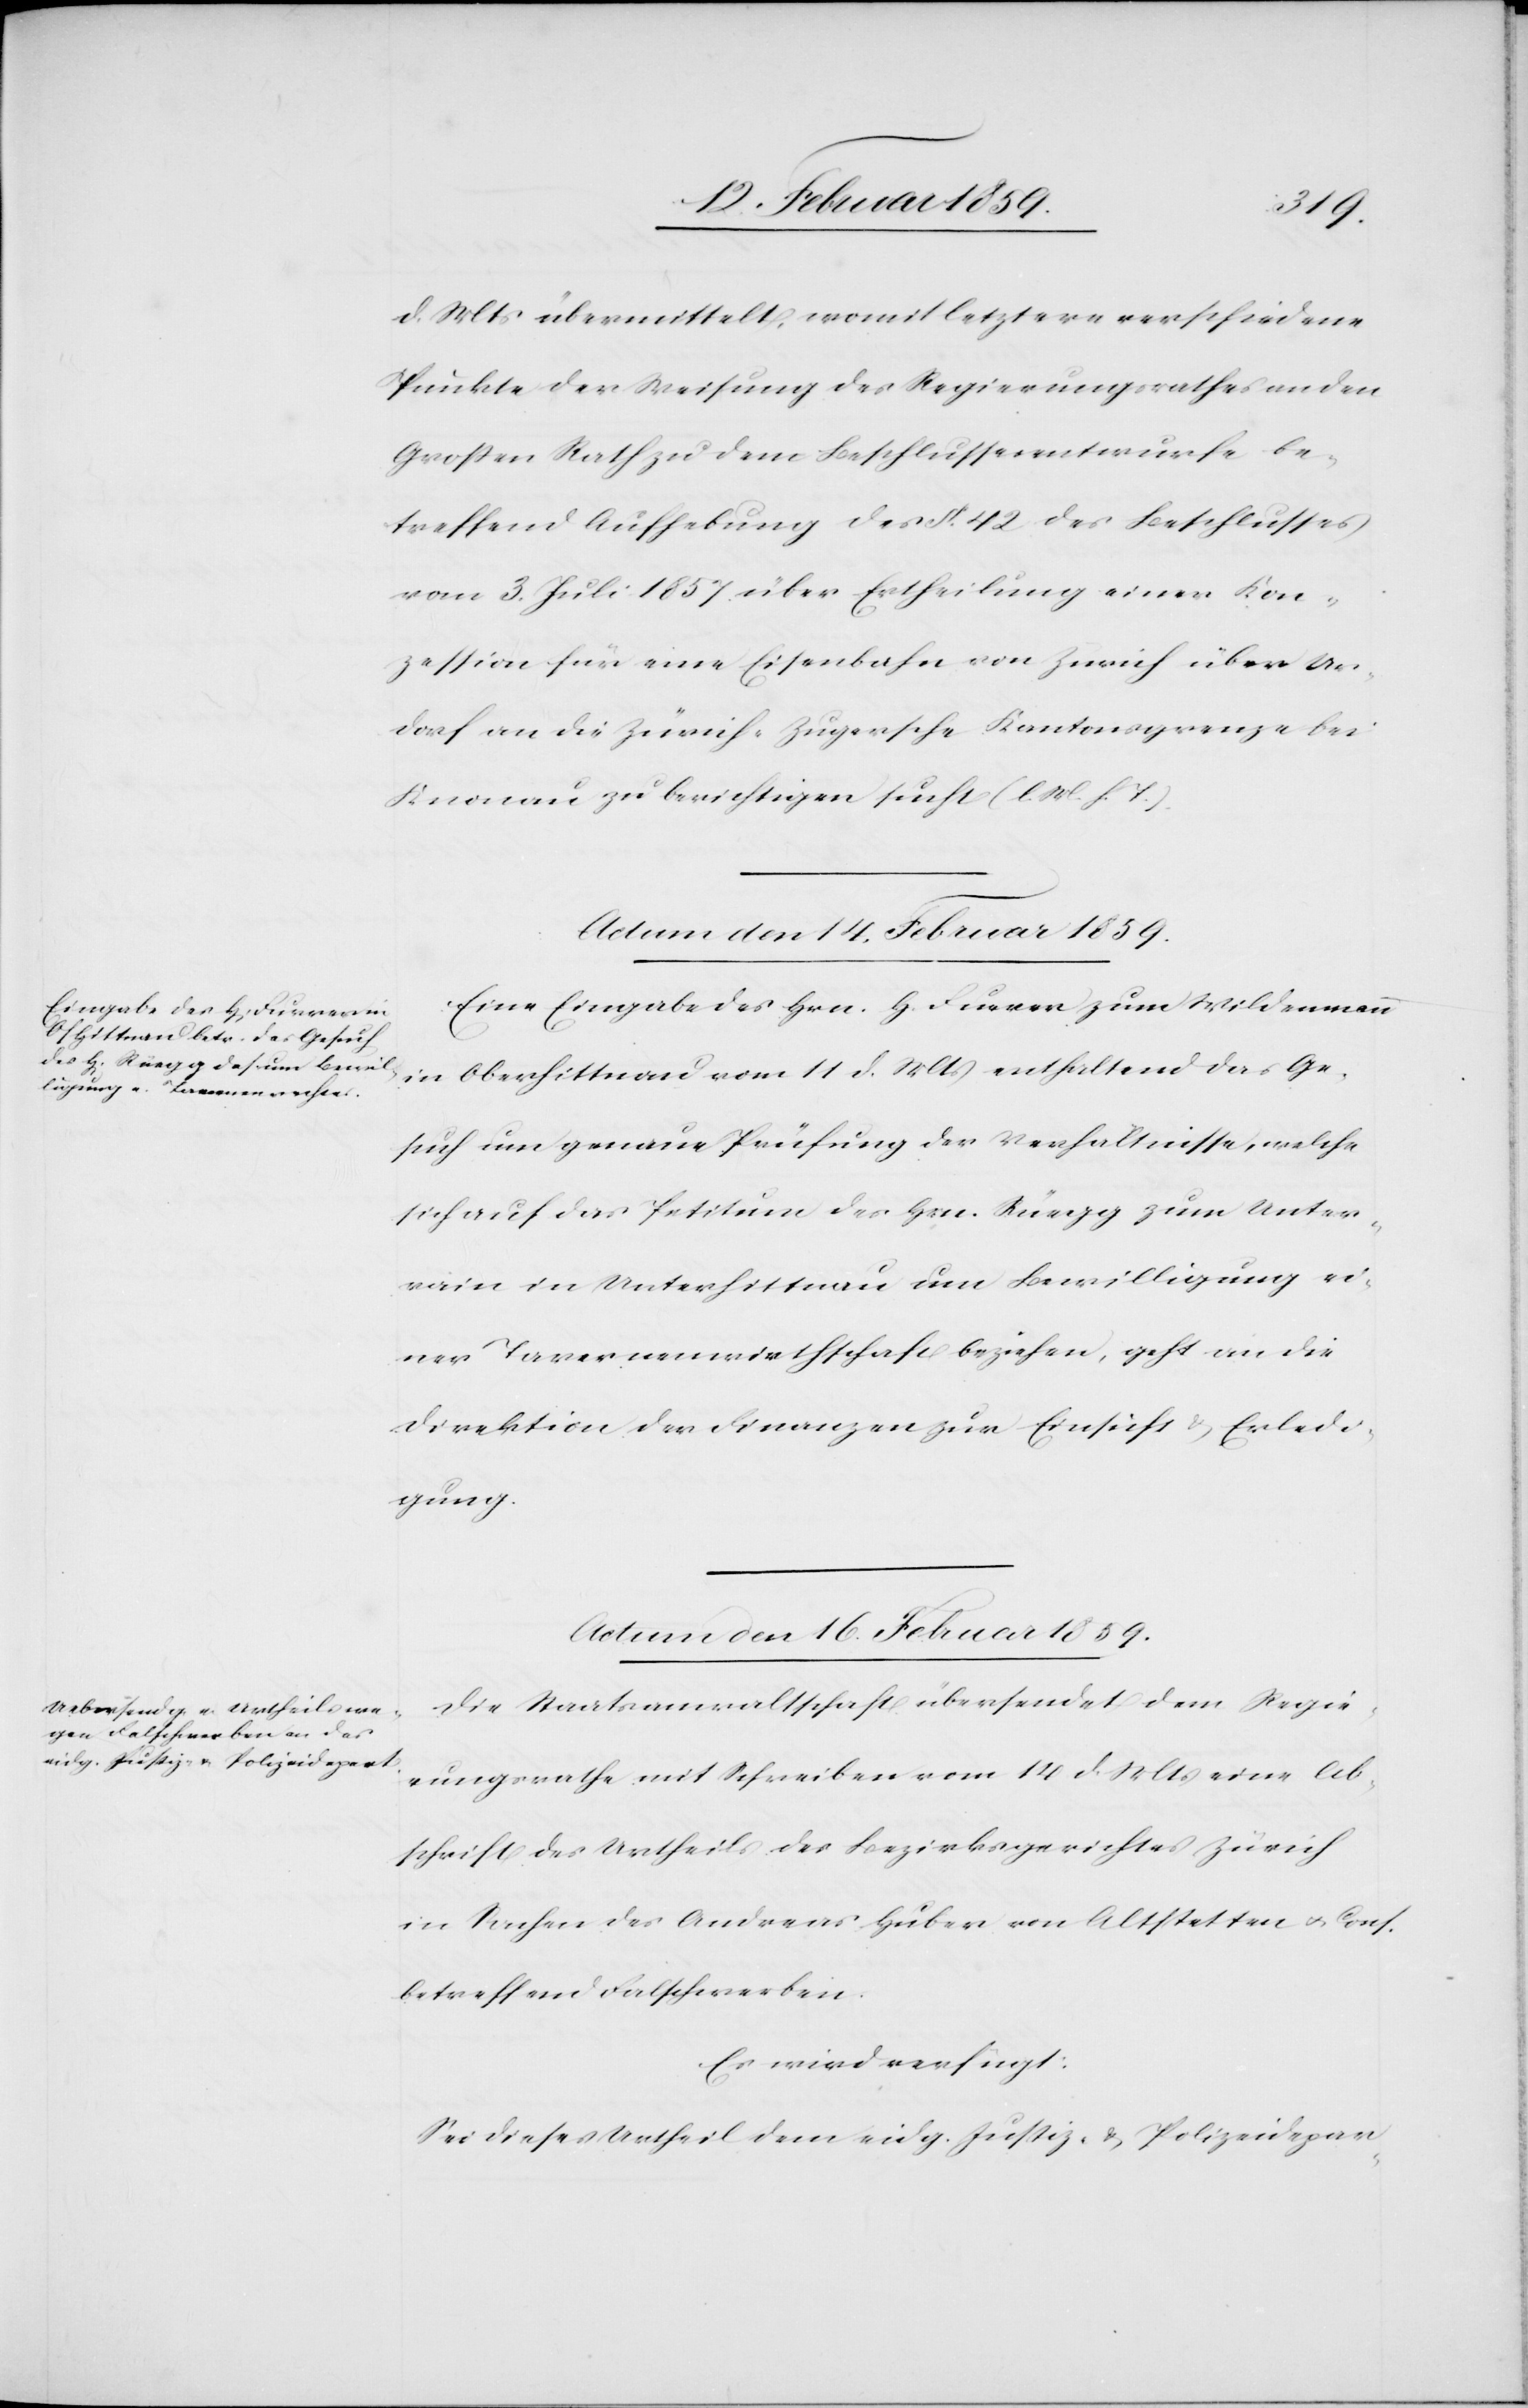
d. Mts übermittelt, womit letztere verschiedene
Punkte der Weisung des Regierungsrathes an den
Großen Rath zu dem Beschlussesentwurfe be¬
treffend Aufhebung des §. 42 des Beschlusses
vom 3. Juli 1857 über Ertheilung einer Kon¬
zession für eine Eisenbahn von Zürich über Ur¬
dorf an die Zürich-Zugersche Kantonsgrenze bei
Knonau zu berichtigen sucht (l. M. h. T.).
Actum den 16. Februar 1859.
Eine Eingabe des Hrn. H. Furrer zum Wildenmann
in Oberhittnau vom 11 d. Mts enthaltend das Ge¬
such um genaue Prüfung der Verhältnisse, welche
sich auf das Petitum des Hrn. Rüegg zum Unter¬
rain in Unterhittnau um Bewilligung ei¬
ner Tavernenwirthschaft beziehen, geht an die
Direktion der Finanzen zur Einsicht & Erled¬
igung.
Die Staatsanwaltschaft übersendet dem Regie¬
rungsrathe mit Schreiben vom 14. d. Mts eine Ab¬
schrift des Urtheils des Bezirksgerichtes Zürich
in Sachen des Andreas Huber von Altstetten u. Cons.
betreffend Falschwerben.
Es wird verfügt:
Sei dieses Urtheil dem eidg. Justiz- & Polizeidepar-